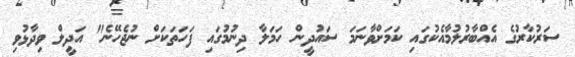
ސަރުކާރުގެ އެއްބާރުލުމާއެކުގައި ކަމަށްވާނަމަ ސައުދީން ހަމަލާ ދިނުމުގައި ފަހަތަކަށް ނުޖެހޭނެ" އަދީލް ވިދާޅުވި